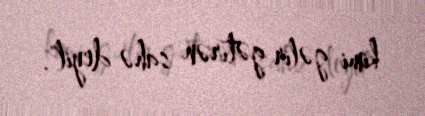
kimi gəlir gətirən sahə deyil".